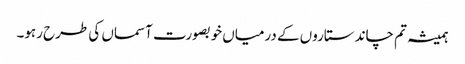
ہمیشہ تم چاند ستاروں کے درمیاں خوبصورت آسماں کی طرح رہو۔